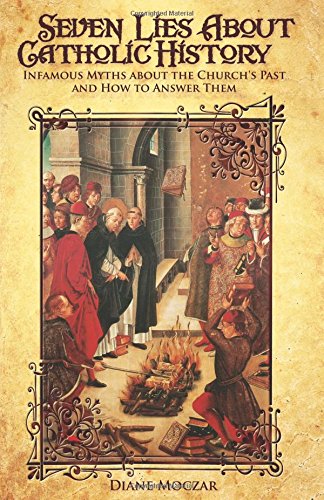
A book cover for Seven Lies About Catholic History: Infamous Myths about the Church's Past and How to Answer Them; Diane Moczar; Christian Books & Bibles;